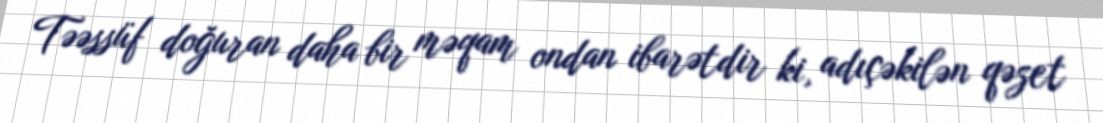
Təəssüf doğuran daha bir məqam ondan ibarətdir ki, adıçəkilən qəzet